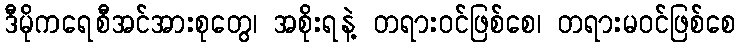
ဒီမိုကရေစီအင်အားစုတွေ၊ အစိုးရနဲ့ တရားဝင်ဖြစ်စေ၊ တရားမဝင်ဖြစ်စေ